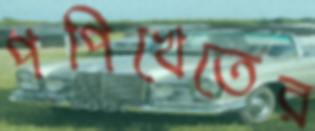
পপিখেতের